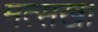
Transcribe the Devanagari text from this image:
मत्सखा